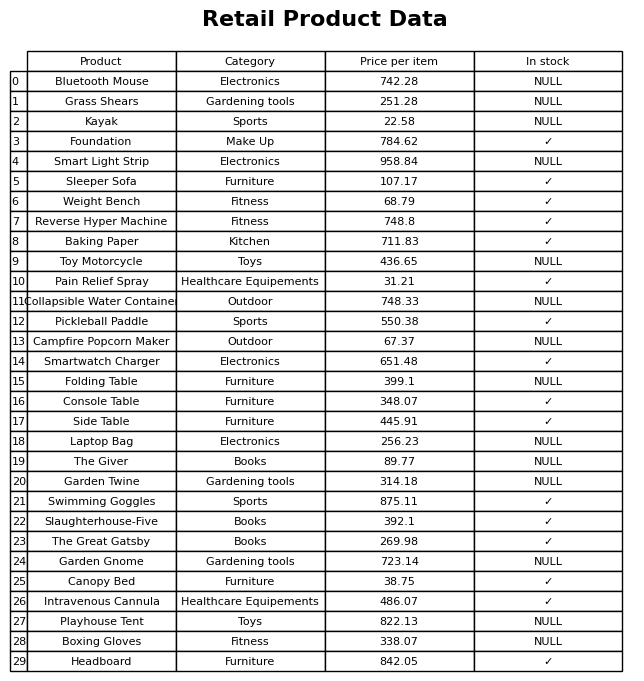
question: What is the price of the Swimming Goggles?
answer: The price of Swimming Goggles is 875.11.